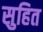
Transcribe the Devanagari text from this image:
सुहित